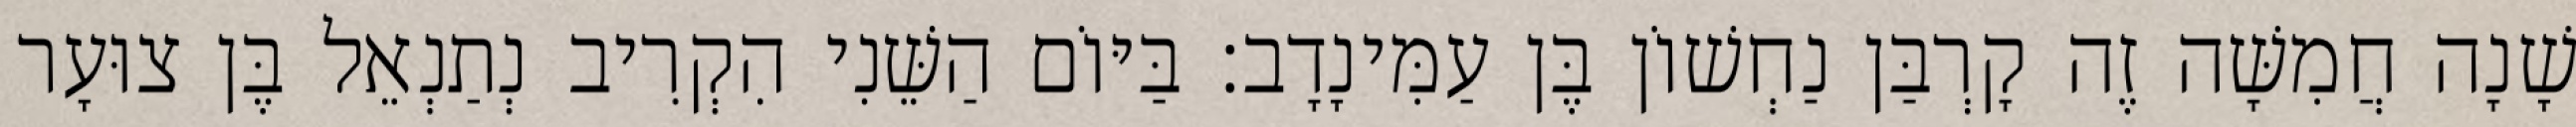
שָׁנָה חֲמִשָּׁה זֶה קָרְבַּן נַחְשׁוֹן בֶּן עַמִּינָדָב׃ בַּיּוֹם הַשֵּׁנִי הִקְרִיב נְתַנְאֵל בֶּן צוּעָר